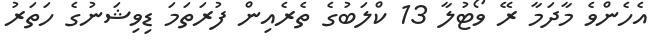
އެހެންވެ މާދަމާ ރޭ ވޯޓުލާ 13 ކްލަބުގެ ތެރެއިން ފުރަތަމަ ޑިވިޝަނުގެ ހަތަރު